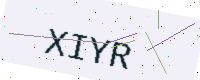
Text: XIYR